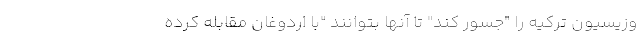
وزیسیون ترکیه را "جسور کند" تا آنها بتوانند "با اردوغان مقابله کرده